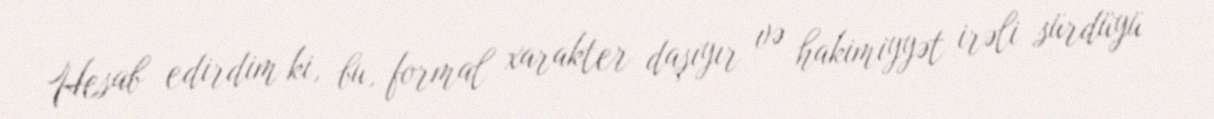
Hesab edirdim ki, bu, formal xarakter daşıyır və hakimiyyət irəli sürdüyü